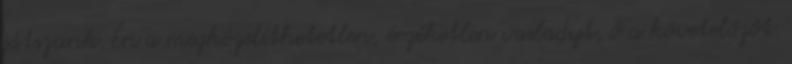
játszunk. Én a megközelíthetetlen, érzéketlen vasladyt, ő a követelőzőt.